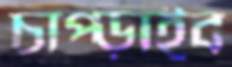
চাপ্‌ড়াইব